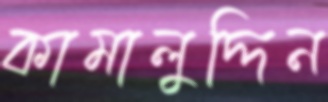
কামালুদ্দিন